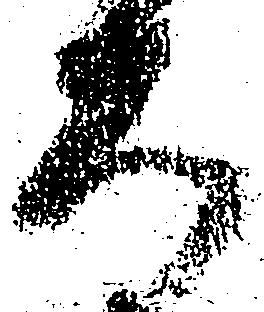
大